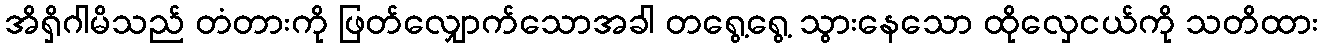
အိရှိဂါမိသည် တံတားကို ဖြတ်လျှောက်သောအခါ တရွေ့ရွေ့ သွားနေသော ထိုလှေငယ်ကို သတိထား